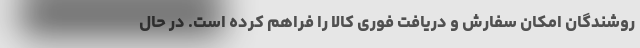
روشندگان امکان سفارش و دریافت فوری کالا را فراهم کرده است. در حال